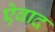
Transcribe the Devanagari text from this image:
ऐबाद